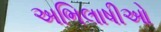
અભિલાષીઓ